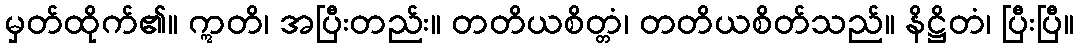
မှတ်ထိုက်၏။ ဣတိ၊ အပြီးတည်း။ တတိယစိတ္တံ၊ တတိယစိတ်သည်။ နိဋ္ဌိတံ၊ ပြီးပြီ။